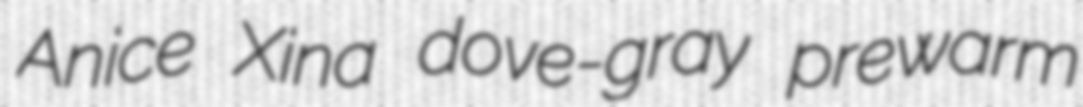
Anice Xina dove-gray prewarm